Indian journal of veterinary science and animal husbandry - Volume 11,
Year: 1941
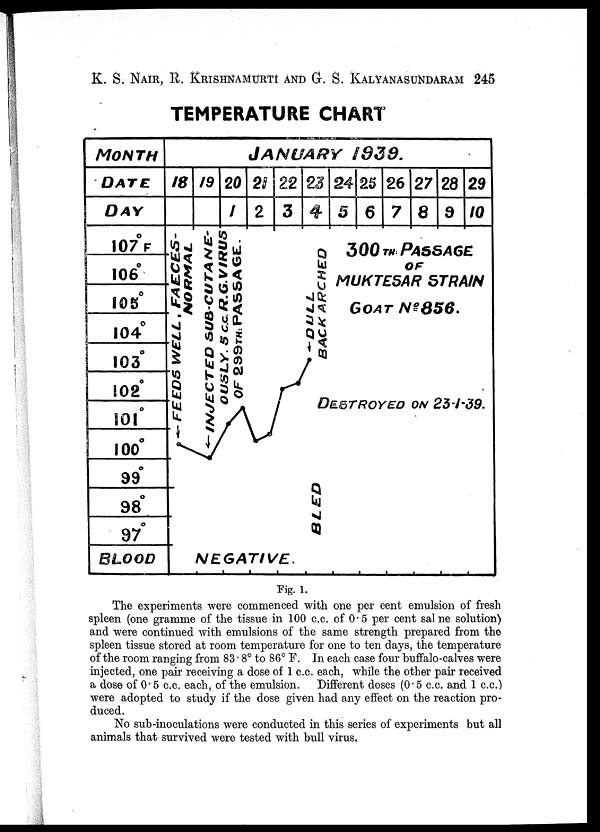
K. S. NAIR, R. KRISHNAMURTI AND G. S. KALYANASUNDARAM 245
TEMPERATURE CHART
Fig. 1.
The experiments were commenced with one per cent emulsion of fresh
spleen (one gramme of the tissue in 100 c.c. of 0.5 per cent sal ne solution)
and were continued with emulsions of the same strength prepared from the
spleen tissue stored at room temperature for one to ten days, the temperature
of the room ranging from 83. 8° to 86° F. In each case four buffalo-calves were
injected, one pair receiving a dose of 1 c.c. each, while the other pair received
a dose of 0. 5 c.c. each, of the emulsion. Different doses (0.5 c.c. and 1 c.c.)
were adopted to study if the dose given had any effect on the reaction pro-
duced.
No sub-inoculations were conducted in this series of experiments but all
animals that survived were tested with bull virus.